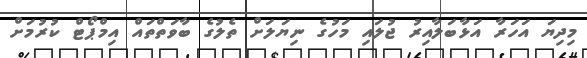
މިދިޔަ އަހަރާ އަޅާބަލާއިރު ޖުލައި މަހުގެ ނިޔަލަށް ތެލުގެ ބާވަތްތައް އިމްޕޯޓް ކުރުމަށް